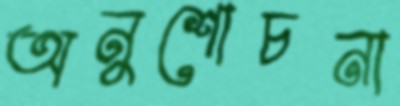
অনুশোচনা